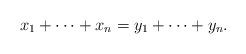
LaTeX: \begin{align*} x_1+\dots +x_n = y_1+ \dots +y_n.\end{align*}